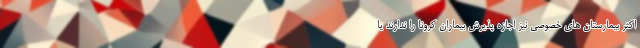
اکثر بیمارستان های خصوصی نیز اجازه پذیرش بیماران کرونا را ندارند یا